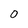
Character: 0